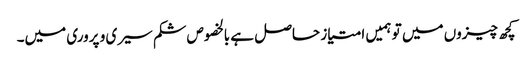
کچھ چیزوں میں تو ہمیں امتیاز حاصل ہے بالخصوص شکم سیری و پروری میں۔